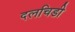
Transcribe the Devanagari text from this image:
दलचिडी